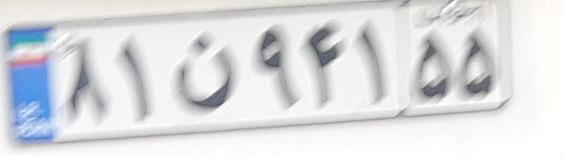
۸۱ن۹۴۱۵۵